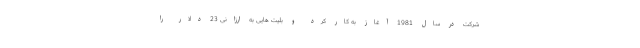
شرکت در سال 1981 آغاز به کار کرد و بلیت هایی به ارزانی 23 دلار را